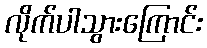
လိုက်ပါသွားကြောင်း